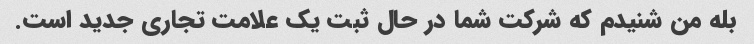
بله من شنیدم که شرکت شما در حال ثبت یک علامت تجاری جدید است.